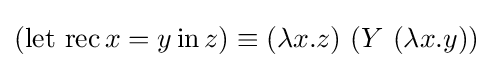
(\operatorname {let\ rec} x=y\operatorname {in} z)\equiv (\lambda x.z)\ (Y\ (\lambda x.y))